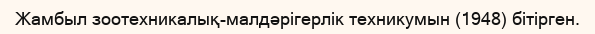
Жамбыл зоотехникалық-малдәрігерлік техникумын (1948) бітірген.